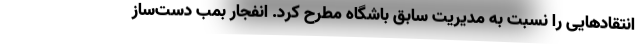
انتقادهایی را نسبت به مدیریت سابق باشگاه مطرح کرد. انفجار بمب دست‌ساز